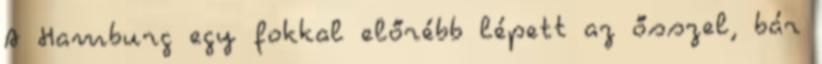
A Hamburg egy fokkal előrébb lépett az ősszel, bár